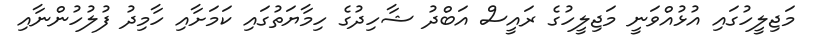
މަޖިލީހުގައި އުޅުއްވަނީ މަޖިލީހުގެ ރައީސް އަބްދު ޝާހިދުގެ ހިމާޔަތުގައި ކަމަށާއި ހާމިދު ފުލުހުންނާއި